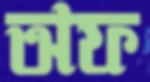
অফ